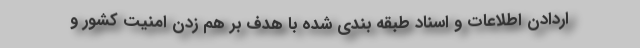
اردادن اطلاعات و اسناد طبقه بندی شده با هدف بر هم زدن امنیت کشور و